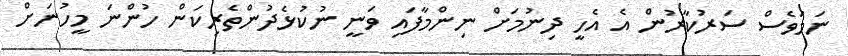
ނަމަވެސް ސަރުކާރުން އެ އެހީ ދިނުމަށް ނިންމާފައި ވަނީ ނުކުޅެދުންތެރިކަން ހުންނަ މީހުނަށް